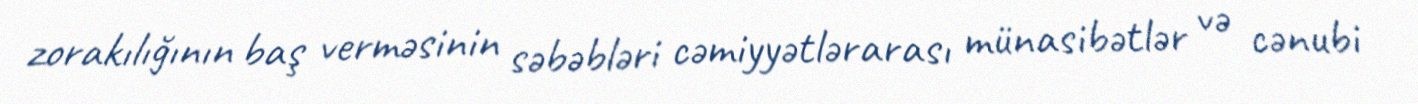
zorakılığının baş verməsinin səbəbləri cəmiyyətlərarası münasibətlər və cənubi